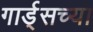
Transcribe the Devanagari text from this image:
गार्ड्‌सच्या